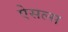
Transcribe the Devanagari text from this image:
ऐसल्स